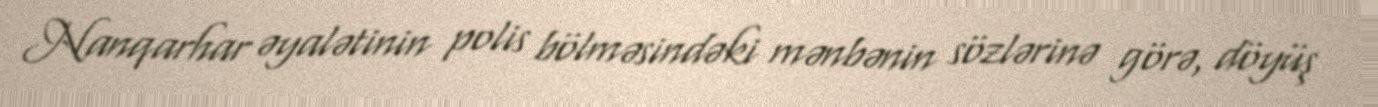
Nanqarhar əyalətinin polis bölməsindəki mənbənin sözlərinə görə, döyüş